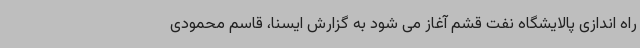
راه اندازی پالایشگاه نفت قشم آغاز می شود به گزارش ایسنا، قاسم محمودی